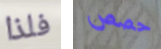
فلذا حصص